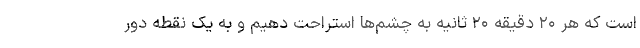
است که هر ۲۰ دقیقه ۲۰ ثانیه به چشم‌ها استراحت دهیم و به یک نقطه دور